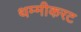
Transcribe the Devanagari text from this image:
थम्मीकरट